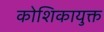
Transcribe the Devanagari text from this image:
कोशिकायुक्त